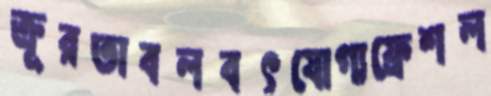
ক্রূরতাবলবৎযোগ্যফ্রেশল